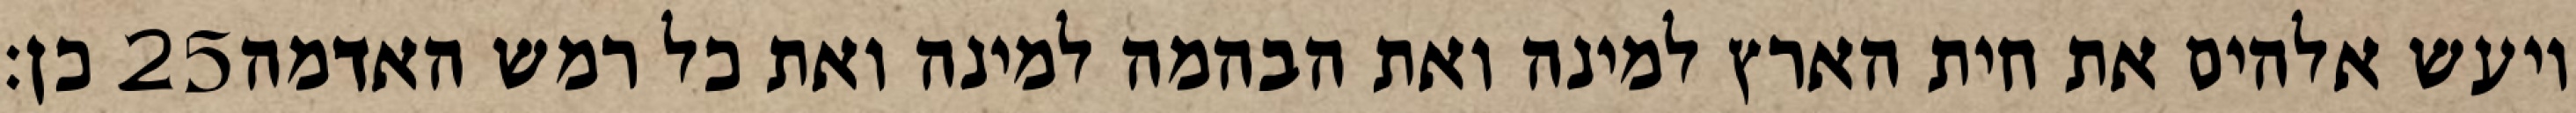
כן׃ ‎25‏ ויעש אלהים את חית הארץ למינה ואת הבהמה למינה ואת כל רמש האדמה